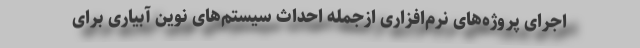
اجرای پروژه‌های نرم‌افزاری ازجمله احداث سیستم‌های نوین آبیاری برای